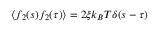
\langle f _ { 2 } ( s ) f _ { 2 } ( \tau ) \rangle = 2 \xi k _ { B } T \delta ( s - \tau )